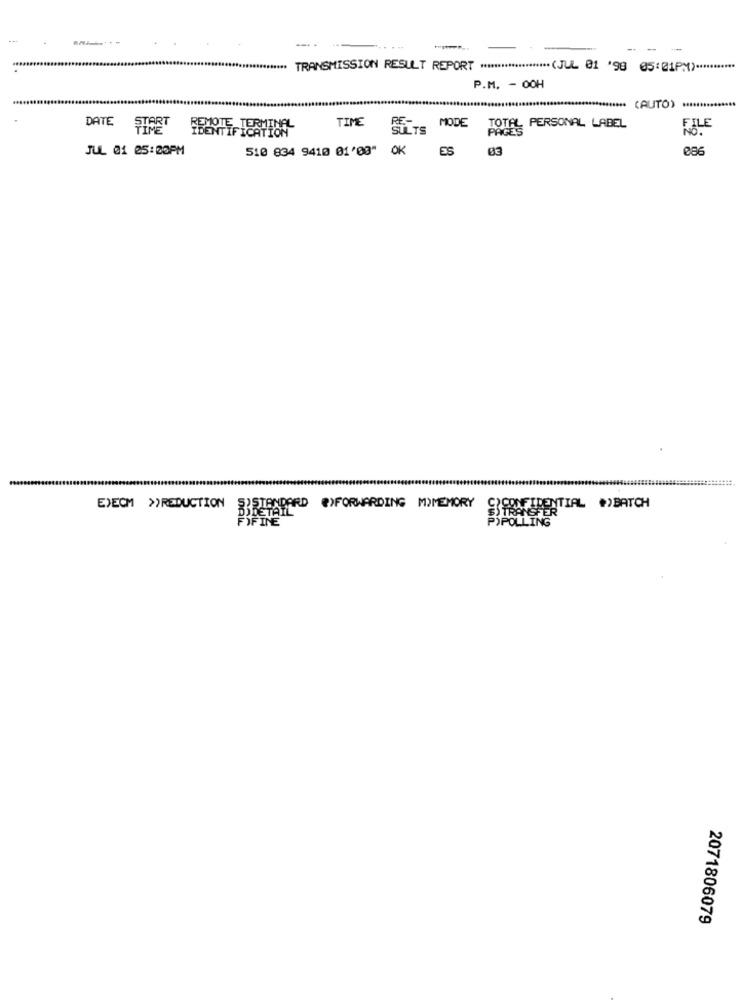
**** TRANSMISSION RESULT REPORT *******************. (JUL 01 '98 05:01PM) ***********
P.M. - 00H
********* (AUTO) ****
DATE
START
RE-
TIME
TIME
SULTS
MODE
PAGES
TOTAL PERSONAL LABEL
FILE
JUL 01 25:00PM
510 834 9410 01'03" OK ES
03
EXECM >REDUCTION
S'STANDARD @)FORWARDING MYMEMORY
STRANSFER
CICONFIDENTIAL .)BATCH
FIFINE
P)POLLING
2071806079